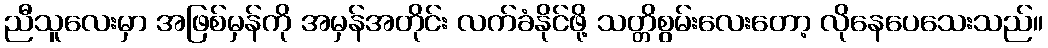
ညီသူလေးမှာ အဖြစ်မှန်ကို အမှန်အတိုင်း လက်ခံနိုင်ဖို့ သတ္တိစွမ်းလေးတော့ လိုနေပေသေးသည်။